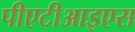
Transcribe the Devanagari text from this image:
पीएटीआइएस